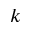
k